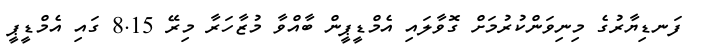
ފަނޑިޔާރުގެ މިނިވަންކުރުމަށް ގޮވާލައި އެމްޑީޕީން ބާއްވާ މުޒާހަރާ މިރޭ 8.15 ގައި އެމްޑީޕީ